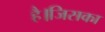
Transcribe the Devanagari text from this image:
है।जिसका